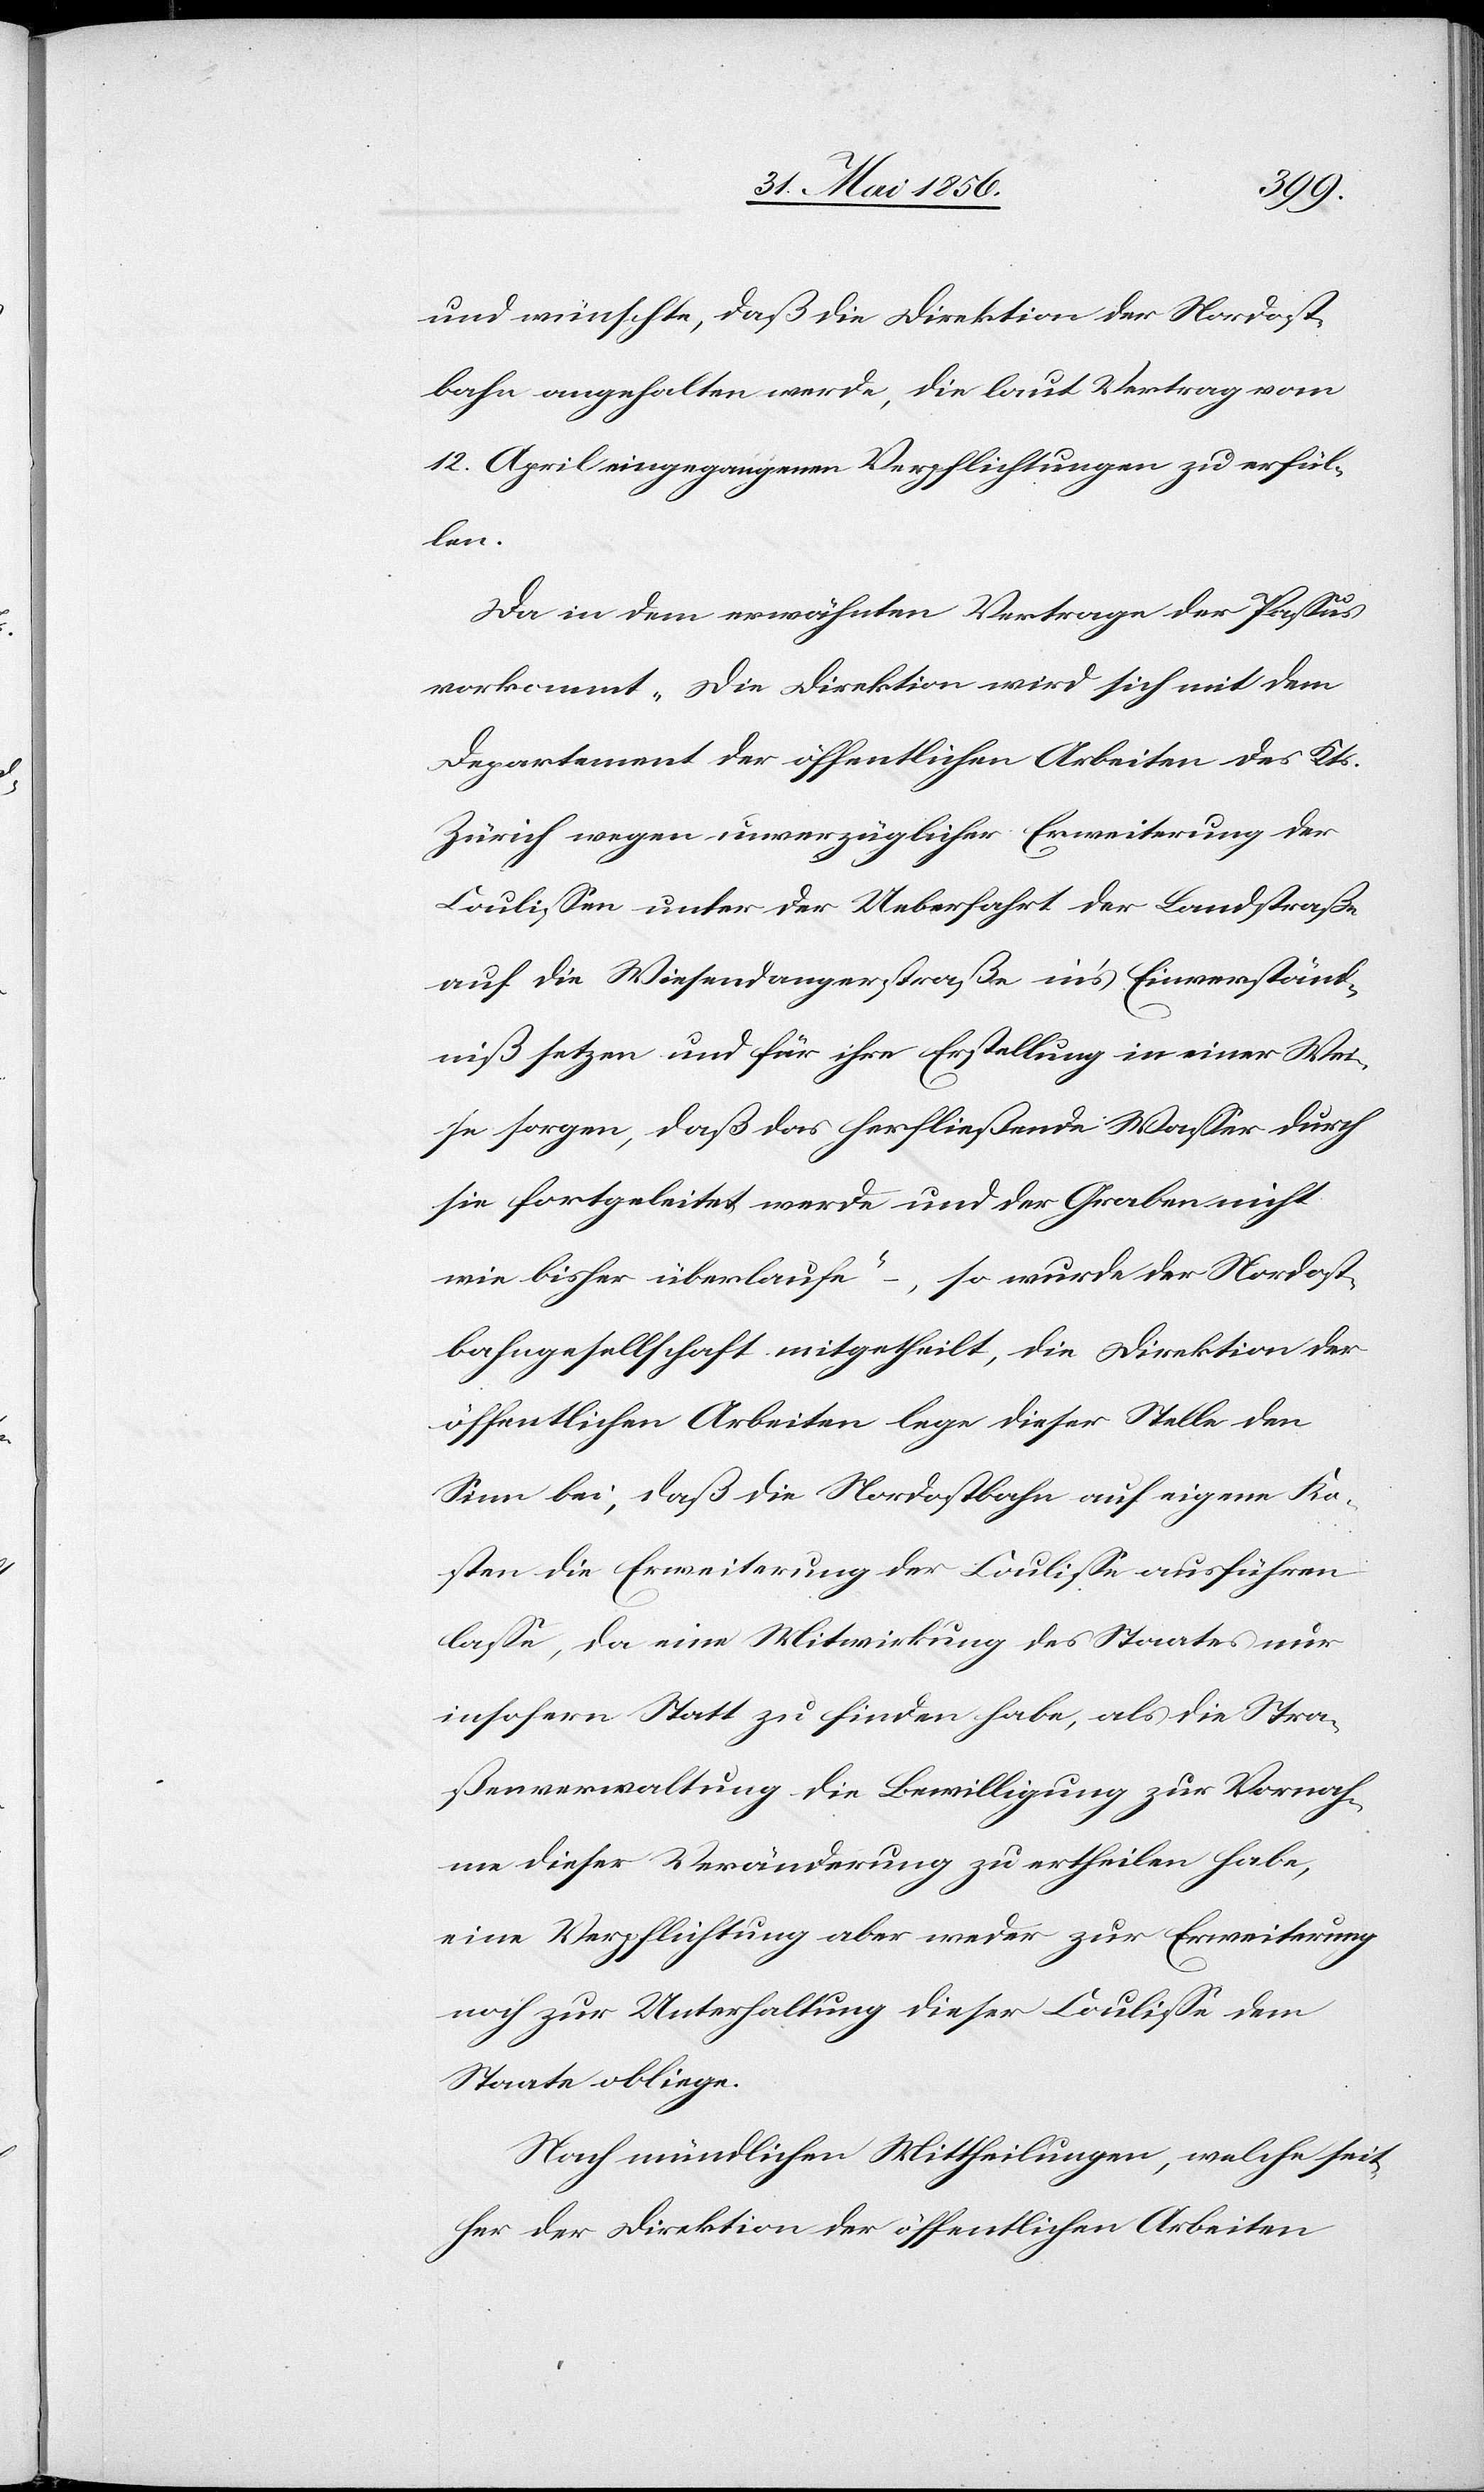
und wünschte, daß die Direktion der Nordost¬
bahn angehalten werde, die laut Vertrag vom
12. April eingegangenen Verpflichtungen zu erfül¬
len.
Da in dem erwähnten Vertrage der Passus
vorkommt „Die Direktion wird sich mit dem
Departement der öffentlichen Arbeiten des Kts.
Zürich wegen unverzüglicher Erweiterung der
Coulissen unter der Ueberfahrt der Landstraße
auf die Wiesendangerstraße in’s Einverständ¬
niß setzen und für ihre Erstellung in einer Wei¬
se sorgen, daß das herfließende Wasser durch
sie fortgeleitet werde und der Graben nicht
wie bisher überlaufe – , so wurde der Nordost¬
bahngesellschaft mitgetheilt, die Direktion der
öffentlichen Arbeiten lege dieser Stelle den
Sinn bei, daß die Nordostbahn auf eigene Ko¬
sten die Erweiterung der Coulisse ausführen
lasse, da eine Mitwirkung des Staates nur
insofern Statt zu finden habe, als die Stra¬
ßenverwaltung die Bewilligung zur Vornah¬
me dieser Veränderung zu ertheilen habe,
eine Verpflichtung aber weder zur Erweiterung
noch zur Unterhaltung dieser Coulisse dem
Staate obliege.
Nach mündlichen Mittheilungen, welche seit¬
her der Direktion der öffentlichen Arbeiten